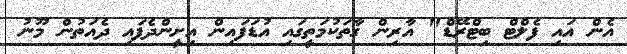
އެން އައި ފެލްޓް ބިޓްރޭޑް" އާރިން ގާތަކުމަތީގައި އުޑަފައިން އިށީންދެފައި ދެއަތުން މޫނު